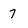
Character: 7